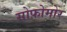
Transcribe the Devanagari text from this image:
सोफ़ोमोर